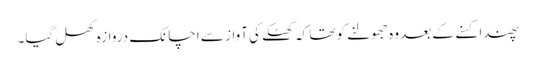
پھندا کسنے کے بعد وہ جھولنے کو تھا کہ کھٹکے کی آواز سے اچانک دروازہ کھل گیا۔